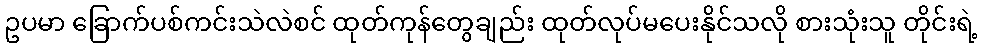
ဥပမာ ခြောက်ပစ်ကင်းသဲလဲစင် ထုတ်ကုန်တွေချည်း ထုတ်လုပ်မပေးနိုင်သလို စားသုံးသူ တိုင်းရဲ့